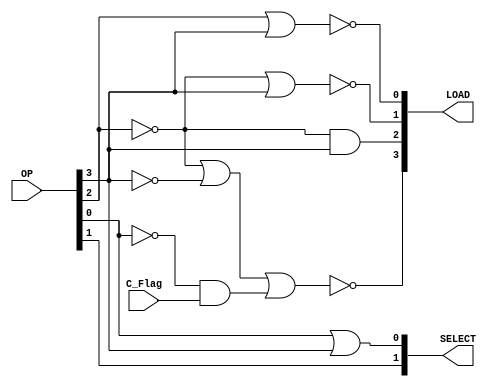
`timescale 1ns / 1ps
//////////////////////////////////////////////////////////////////////////////////
// Company: 
// Engineer: 
// 
// Design Name: 
// Module Name: decoder
// Project Name: 
// Target Devices: 
// Tool Versions: 
// Description: 
// 
// Dependencies: 
// 
// Revision:
// Revision 0.01 - File Created
// Additional Comments:
// 
//////////////////////////////////////////////////////////////////////////////////


module decoder(
    input [3:0] OP,
    input C_Flag,
    output [3:0] LOAD,
    output [1:0] SELECT
    );
    assign SELECT[1] = OP[1];
    assign SELECT[0] = OP[0] | OP[3];
    assign LOAD[3] = ~((~OP[2]) | (~OP[3]) | ((~OP[0]) & C_Flag));
    assign LOAD[2] = (~OP[2]) & OP[3];
    assign LOAD[1] = ~((~OP[2]) | OP[3]);
    assign LOAD[0] = ~(OP[2] | OP[3]);
endmodule